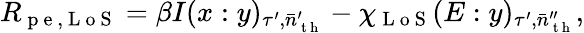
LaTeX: R_{\mathrm{~p~e~,~L~o~S~}}=\beta I(x:y)_{\tau^{\prime},\bar{n}_{\mathrm{~t~h~}}^{\prime}}-\chi_{\mathrm{~L~o~S~}}(E:y)_{\tau^{\prime},\bar{n}_{\mathrm{~t~h~}}^{\prime\prime}},